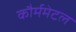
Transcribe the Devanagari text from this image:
कौर्ममेटल